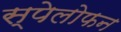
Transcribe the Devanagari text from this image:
स्पेलोफन